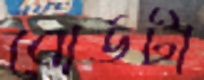
বোর্ডটা